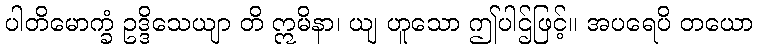
ပါတိမောက္ခံ ဥဒ္ဒိသေယျာ တိ ဣမိနာ၊ ယျ ဟူသော ဤပါဌ်ဖြင့်။ အပရေပိ တယော